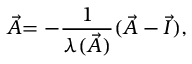
\stackrel { \triangledown } { \vec { A } } = - \frac { 1 } { \lambda ( \vec { A } ) } ( \vec { A } - \vec { I } ) ,